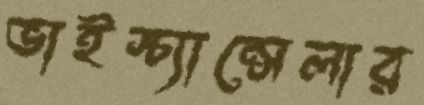
ভাইস্‌চ্যান্‌সেলার